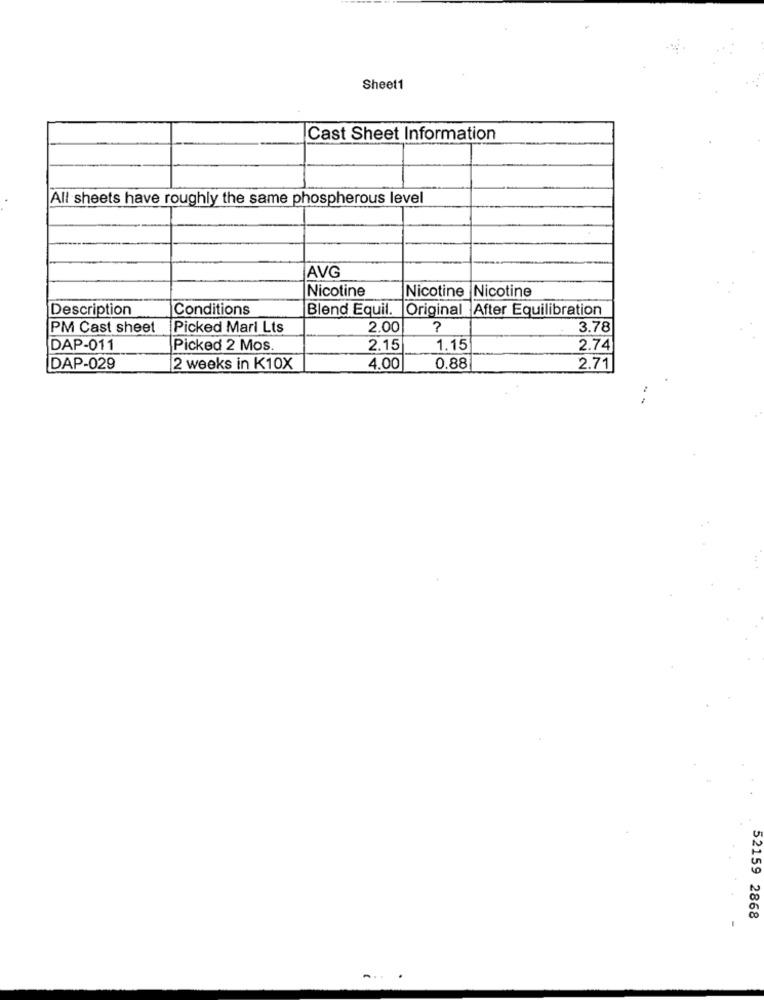
Sheet1
Cast Sheet Information
All sheets have roughly the same phospherous level
AVG
Nicotine
Nicotine Nicotine
Description
Conditions
Blend Equil.
Original
After Equilibration
PM Cast sheet
Picked Mari Lts
2.00
?
3.78
DAP-011
Picked 2 Mos.
2.15
1.15
2.74
DAP-029
2 weeks in K10X
4.00
0.88
2.71
52159 2868